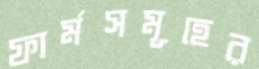
ফার্মসমূহের